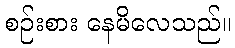
စဉ်းစား နေမိလေသည်။